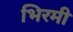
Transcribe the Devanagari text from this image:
भिरमी